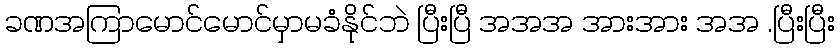
ခဏအကြာမောင်မောင်မှာမခံနိုင်ဘဲ ပြီးပြီ အအအ အားအား အအ .ပြီးပြီး